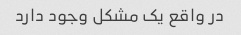
در واقع یک مشکل وجود دارد